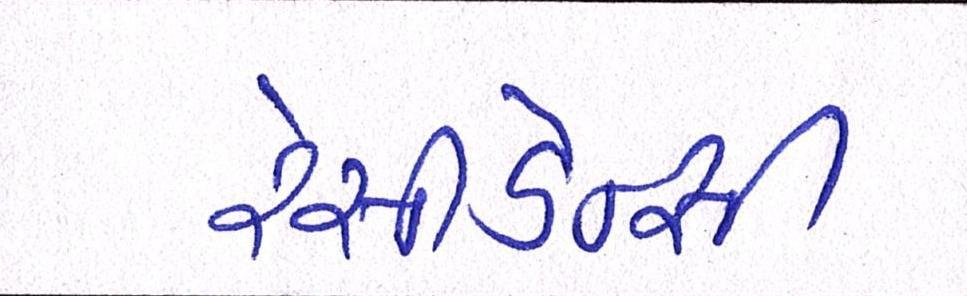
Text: રેસીડેન્સી